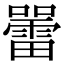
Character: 𡃷